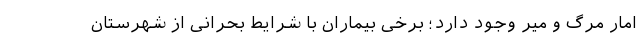
امار مرگ و میر وجود دارد؛ برخی بیماران با شرایط بحرانی از شهرستان